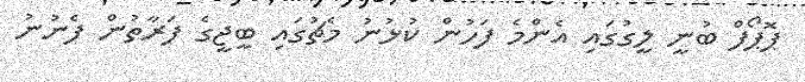
ޕޮޕޯފް ބުނީ ލީގުގައި އެންމެ ފަހުން ކުޅުނު މެޗުގައި ބީޖީގެ ފަރާތުން ފެނުނު